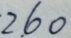
2 . 6 0